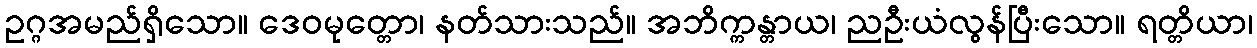
ဥဂ္ဂအမည်ရှိသော။ ဒေဝမုတ္တော၊ နတ်သားသည်။ အဘိက္ကန္တာယ၊ ညဦးယံလွန်ပြီးသော။ ရတ္တိယာ၊